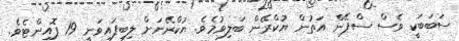
ސަބަބަކީ ވެސް ސްޕޭން އަތުން ޔުކްރޭން ބަލިވުމެވެ. ޔުކްރޭނަށް ލިބިފައިވަނީ 19 ޕޮއިންޓެވެ.